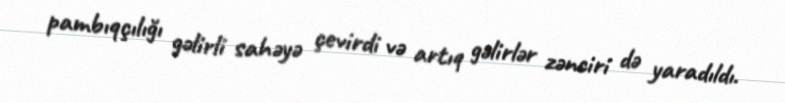
pambıqçılığı gəlirli sahəyə çevirdi və artıq gəlirlər zənciri də yaradıldı.